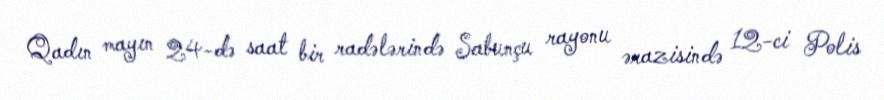
Qadın mayın 24-də saat bir radələrində Sabunçu rayonu ərazisində 12-ci Polis